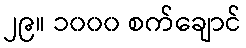
၂၉။ ၁၀၀၀ စက်ချောင်